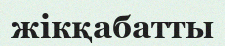
жікқабатты